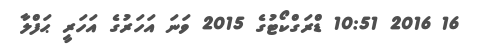
16 2016 10:51 ޑްރަގްކޯޓުގެ 2015 ވަނަ އަހަރުގެ އަހަރީ ޙަފްލާ